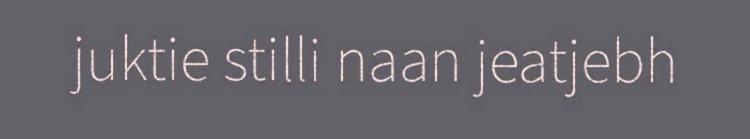
juktie stilli naan jeatjebh